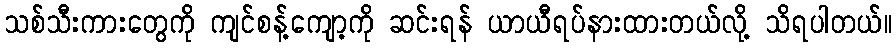
သစ်သီးကားတွေကို ကျင်စန့်ကျော့ကို ဆင်းရန် ယာယီရပ်နားထားတယ်လို့ သိရပါတယ်။